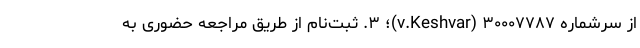
از سرشماره ۳۰۰۰۷۷۸۷ (v.Keshvar)؛ ۳. ثبت‌نام از طریق مراجعه حضوری به